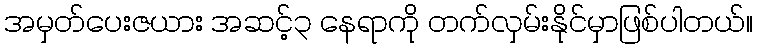
အမှတ်ပေးဇယား အဆင့်၃ နေရာကို တက်လှမ်းနိုင်မှာဖြစ်ပါတယ်။